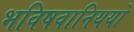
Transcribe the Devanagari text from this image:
भविषवानिययो